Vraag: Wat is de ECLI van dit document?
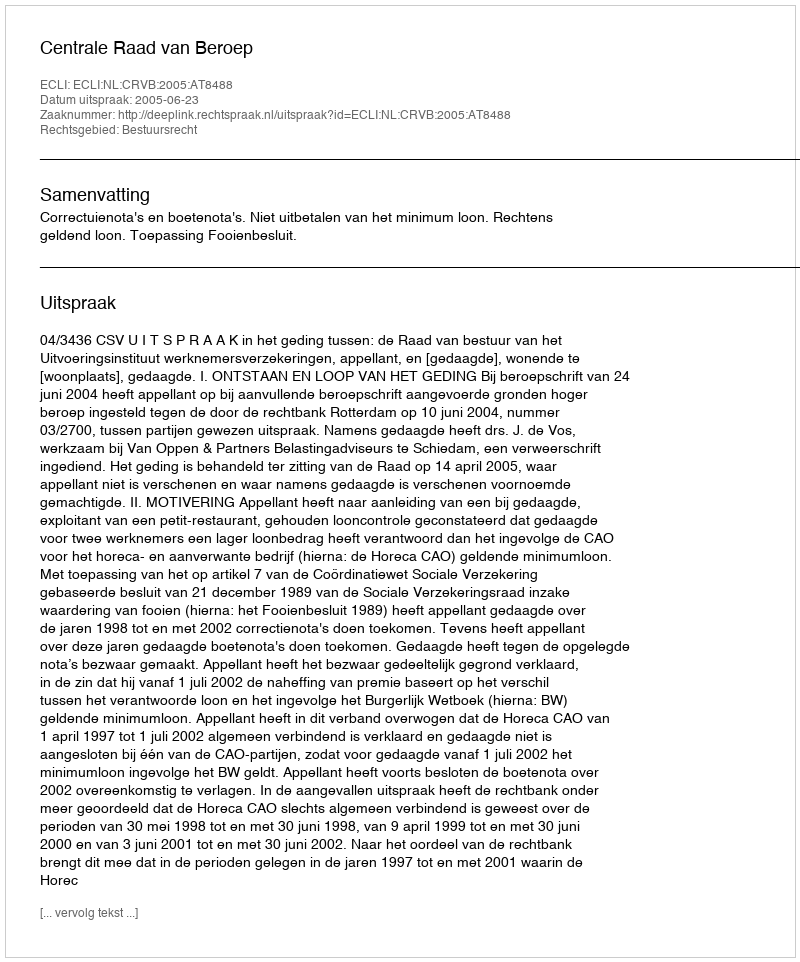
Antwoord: ECLI:NL:CRVB:2005:AT8488